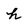
Character: h